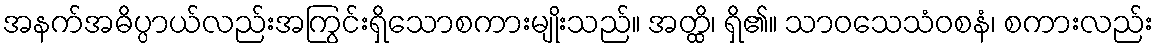
အနက်အဓိပ္ပာယ်လည်းအကြွင်းရှိသောစကားမျိုးသည်။ အတ္ထိ၊ ရှိ၏။ သာဝသေသံဝစနံ၊ စကားလည်း